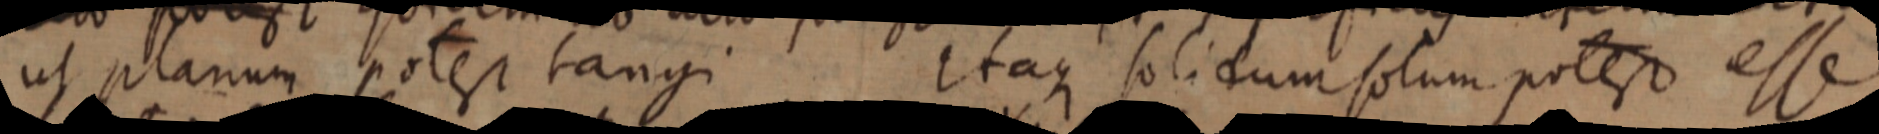
ut planum potest tangi Itaque solidum solum potest esse